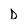
Character: d